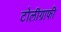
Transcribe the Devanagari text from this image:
टोलीग्राफी